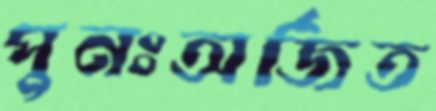
পুনঃঅর্জিত